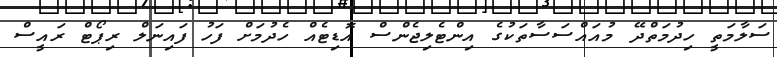
ސަލާމަތީ ހިދުމަތްދޭ މުއައްސަސާތަކުގެ އިންޓެލިޖެންސް އޮޑިޓެއް ހެދުމަށް ފަހު ފައިނަލް ރިޕޯޓް ރައީސް